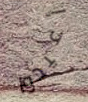
أعيدوا